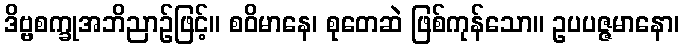
ဒိဗ္ဗစက္ခုအဘိညာဉ်ဖြင့်။ စဝိမာနေ၊ စုတေဆဲ ဖြစ်ကုန်သော။ ဥပပဇ္ဇမာနော၊